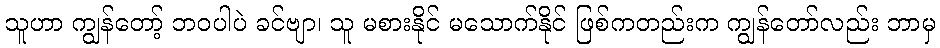
သူဟာ ကျွန်တော့် ဘဝပါပဲ ခင်ဗျာ၊ သူ မစားနိုင် မသောက်နိုင် ဖြစ်ကတည်းက ကျွန်တော်လည်း ဘာမှ